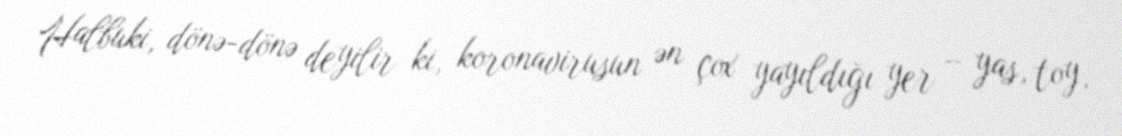
Halbuki, dönə-dönə deyilir ki, koronavirusun ən çox yayıldığı yer – yas, toy,